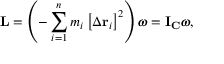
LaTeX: \mathbf { L } = \left( - \sum _ { i = 1 } ^ { n } m _ { i } \left[ \Delta \mathbf { r } _ { i } \right] ^ { 2 } \right) { \boldsymbol { \omega } } = \mathbf { I } _ { \mathbf { C } } { \boldsymbol { \omega } } ,